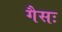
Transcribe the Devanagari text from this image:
गैसः